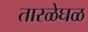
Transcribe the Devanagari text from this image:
तारळेघळ